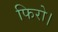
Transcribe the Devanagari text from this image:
फिरो।